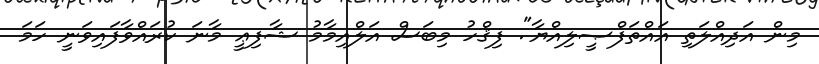
މިން އަދިއްލަތި އައްތަފްޞީލިއްޔާ". ފިޤްހު މިބަސް އަލްއިމާމު ޝާފިޢީ މާނަ ކުރައްވާފައިވަނީ ހަމަ